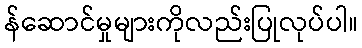
န်ဆောင်မှုများကိုလည်းပြုလုပ်ပါ။